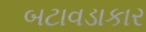
બટાવડાકાર